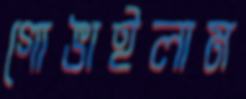
গোঙাইলাম